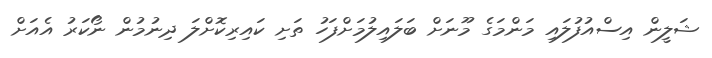
ޝަލީން އިސްއުފުލައި މަންމަގެ މޫނަށް ބަލައިލުމަށްފަހު ތަށި ކައިރިކޮށްލަ ދިނުމުން ނޯކަރު އެއަށް